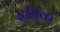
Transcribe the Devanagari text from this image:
इमिंक